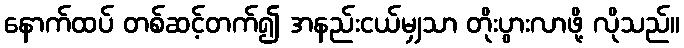
နောက်ထပ် တစ်ဆင့်တက်၍ အနည်းငယ်မျှသာ တိုးပွားလာဖို့ လိုသည်။